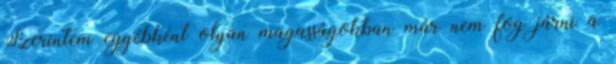
Szerintem egyébként olyan magasságokban már nem fog járni a